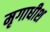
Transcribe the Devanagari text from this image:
मृगाधीश